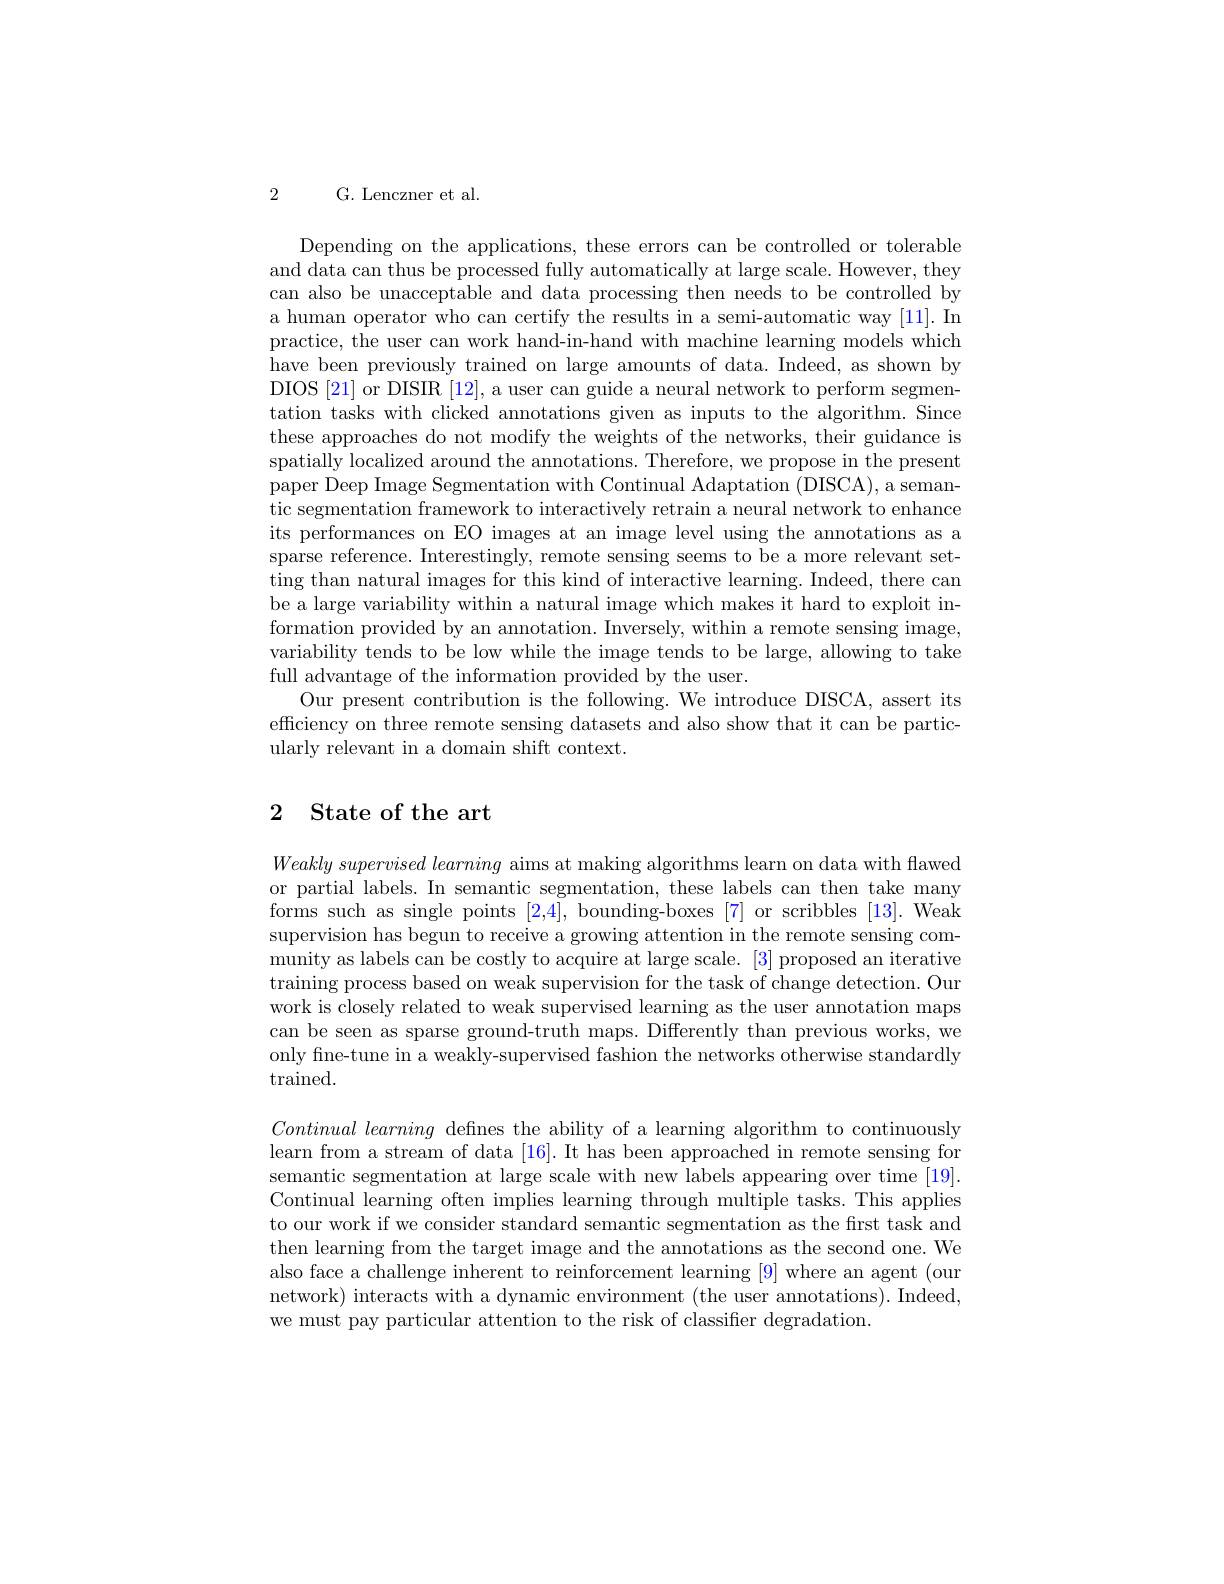
2

G. Lenczner et al.

Depending on the applications, these errors can be controlled or tolerable and data can thus be processed fully automatically at large scale. However, they can also be unacceptable and data processing then needs to be controlled by a human operator who can certify the results in a semi-automatic way $[\color{red}{11}].$ In practice, the user can work hand-in-hand with machine learning models which have been previously trained on large amounts of data. Indeed, as shown by DIOS [21] or DISIR [12], a user can guide a neural network to perform segmentation tasks with clicked annotations given as inputs to the algorithm. Since these approaches do not modify the weights of the networks, their guidance is spatially localized around the annotations. Therefore, we propose in the present paper Deep Image Segmentation with Continual Adaptation (DISCA), a semantic segmentation framework to interactively retrain a neural network to enhance its performances on EO images at an image level using the annotations as a sparse reference. Interestingly, remote sensing seems to be a more relevant setting than natural images for this kind of interactive learning. Indeed, there can be a large variability within a natural image which makes it hard to exploit information provided by an annotation. Inversely, within a remote sensing image, variability tends to be low while the image tends to be large, allowing to take full advantage of the information provided by the user.
Our present contribution is the following. We introduce DISCA, assert its efficiency on three remote sensing datasets and also show that it can be particularly relevant in a domain shift context.

## 2 State of the art

$Weakly\textit{ supervised learning aims at making algorithms learn on data with flawed}$ or partial labels. In semantic segmentation, these labels can then take many forms such as single points [2,4], bounding-boxes [7] or scribbles [13]. Weak supervision has begun to receive a growing attention in the remote sensing community as labels can be costly to acquire at large scale. [3] proposed an iterative training process based on weak supervision for the task of change detection. Our work is closely related to weak supervised learning as the user annotation maps can be seen as sparse ground-truth maps. Differently than previous works, we only fine-tune in a weakly-supervised fashion the networks otherwise standardly trained.

$Continual\textit{ learning defnes the ability of a learning algorithm to continuously}$ learn from a stream of data [16]. It has been approached in remote sensing for semantic segmentation at large scale with new labels appearing over time [19]. Continual learning often implies learning through multiple tasks. This applies to our work if we consider standard semantic segmentation as the first task and then learning from the target image and the annotations as the second one. We also face a challenge inherent to reinforcement learning [9] where an agent (our network) interacts with a dynamic environment (the user annotations). Indeed, we must pay particular attention to the risk of classifier degradation.